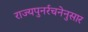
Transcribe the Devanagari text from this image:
राज्यपुनर्रचनेनुसार